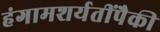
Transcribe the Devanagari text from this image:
हंगामशर्यतींपैकी